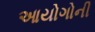
આયોગોની